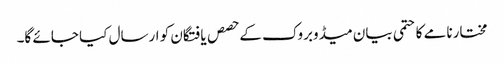
مختارنامے کا حتمی بیان میڈوبروک کے حصص یافتگان کو ارسال کیا جائے گا۔